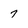
Character: 7